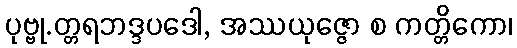
ပုဗ္ဗု.တ္တရဘဒ္ဒပဒေါ, အဿယုဇ္ဇော စ ကတ္တိကော၊